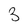
Character: 3